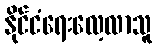
နိုင်ငံရေးလေ့လာသူ